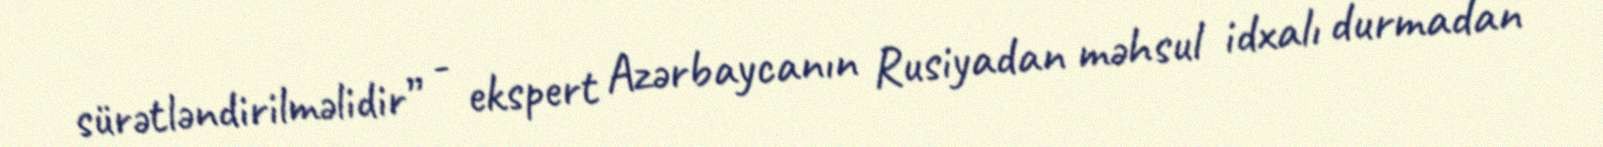
sürətləndirilməlidir” - ekspert Azərbaycanın Rusiyadan məhsul idxalı durmadan